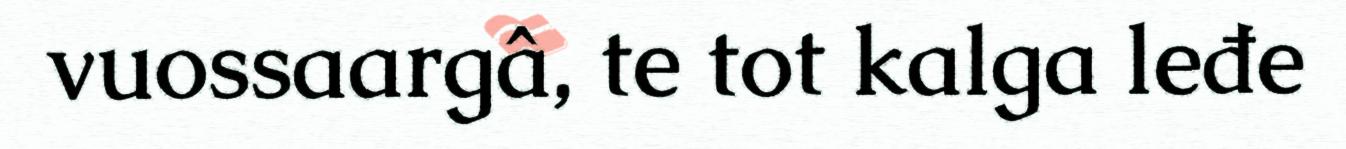
vuossaargâ, te tot kalga leđe